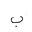
Letter: _ba